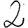
Digit: 2